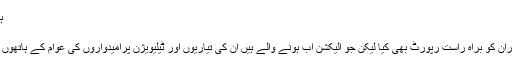
ہمارے صیاد - Tajziya News
ہمارے صیاد
زندگی میں کئی الیکشن دیکھے اوران کو براہ راست رپورٹ بھی کیا لیکن جو الیکشن اب ہونے والے ہیں ان کی تیاریوں اور ٹیلیویژن پرامیدواروں کی عوام کے ہاتھوں بنتی درگت کو بھی دیکھ رہا ہوں۔